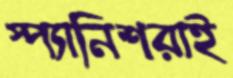
স্প্যানিশরাই